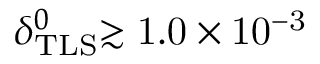
\delta _ { \mathrm { T L S } } ^ { 0 } \mathrm { \gtrsim 1 . 0 \times 1 0 ^ { - 3 } }